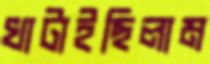
খাটাইছিলাম